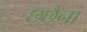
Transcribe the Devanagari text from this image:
छ्छैना